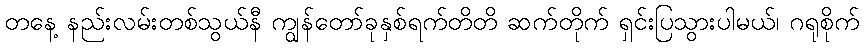
တနေ့ နည်းလမ်းတစ်သွယ်နီ ကျွန်တော်ခုနှစ်ရက်တိတိ ဆက်တိုက် ရှင်းပြသွားပါမယ်၊ ဂရုစိုက်